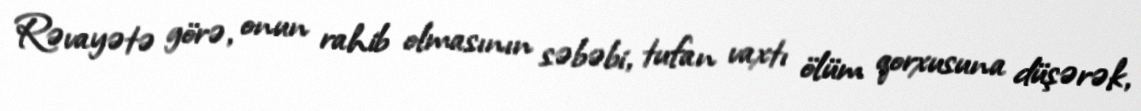
Rəvayətə görə, onun rahib olmasının səbəbi, tufan vaxtı ölüm qorxusuna düşərək,